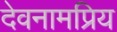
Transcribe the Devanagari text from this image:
देवनामप्रिय